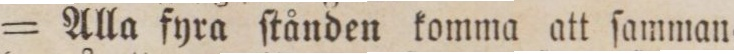
= Alla fyra ſtånden komma att ſamman=